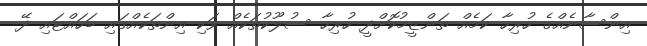
އިންސާނެއްގެ ހުރިހާ ކަމެއް ތަންޒީމުކޮށްދީ ހުރިހާ ސުލޫކުތަކެއް ވަކި އިންތަކެއްގައި ބަހައްޓައި ދޭ